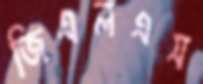
জিএলএস